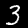
Digit: 3